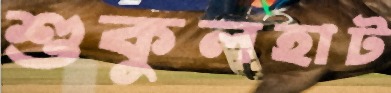
শুকুলহাট